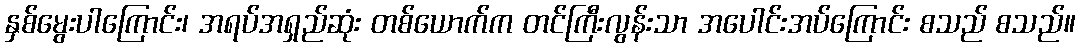
နှစ်မွေးပါကြောင်း၊ အရပ်အရှည်ဆုံး တစ်ယောက်က တင်ကြီးလွန်းသာ အပေါင်းအပ်ကြောင်း စသည် စသည်။